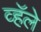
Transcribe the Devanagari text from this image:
व्हॅले